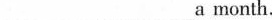
___ ___a month.